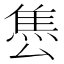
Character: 𨿈